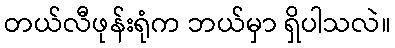
တယ်လီဖုန်းရုံက ဘယ်မှာ ရှိပါသလဲ။